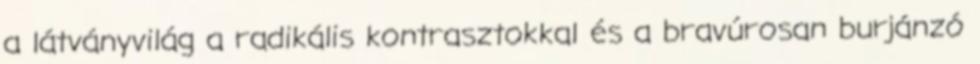
a látványvilág a radikális kontrasztokkal és a bravúrosan burjánzó